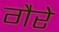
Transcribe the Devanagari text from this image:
गैरे